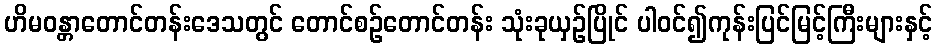
ဟိမဝန္တာတောင်တန်းဒေသတွင် တောင်စဉ်တောင်တန်း သုံးခုယှဉ်ပြိုင် ပါဝင်၍ကုန်းပြင်မြင့်ကြီးများနှင့်